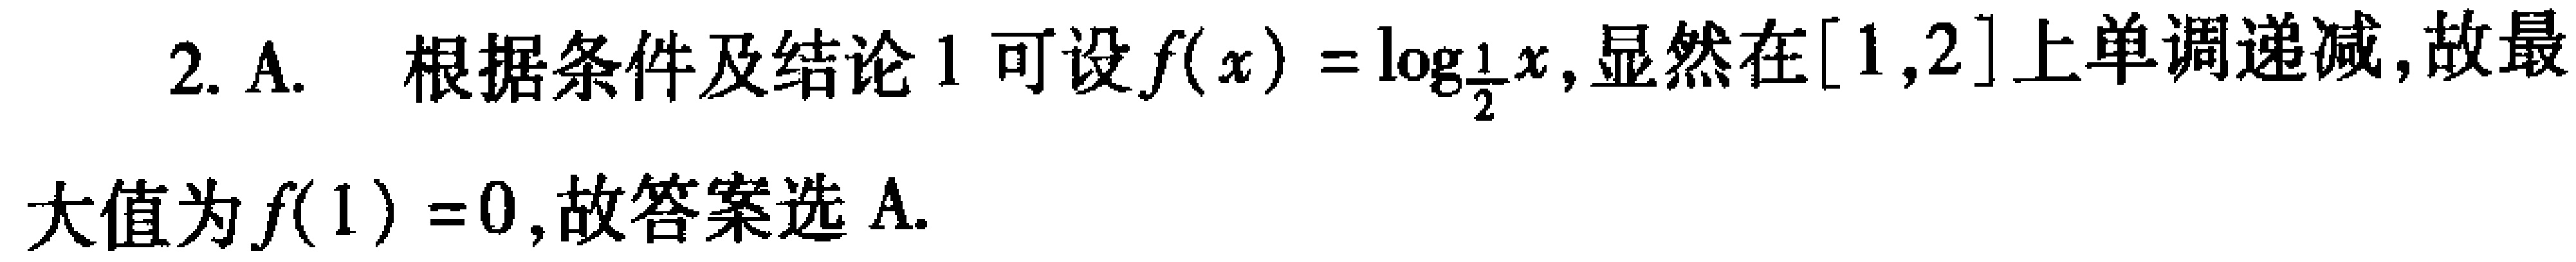
2. A. 根据条件及结论1可设\(f(x)=\log_{\frac{1}{2}}x\),显然在\([1,2]\)上单调递减,故最大值为\(f(1)=0\),故答案选A.